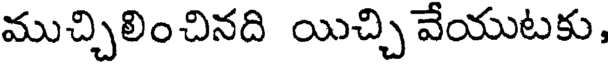
ముచ్చిలించినది యిచ్చి వేయుటకు,